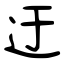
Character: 迂